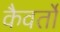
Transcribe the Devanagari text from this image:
कैवर्तों